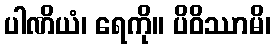
ပါဏိယံ၊ ရေကို။ ပိဝိဿာမိ၊